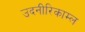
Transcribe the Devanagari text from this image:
उदनीरिकाम्ल